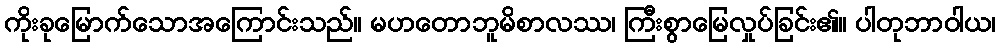
ကိုးခုမြောက်သောအကြောင်းသည်။ မဟတောဘူမိစာလဿ၊ ကြီးစွာမြေလှုပ်ခြင်း၏။ ပါတုဘာဝါယ၊